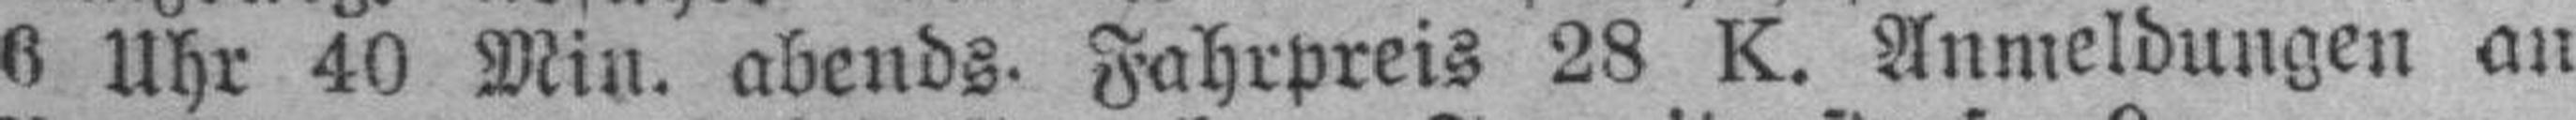
6 Uhr 40 Min. abends. Fahrpreis 28 K. Anmeldungen an